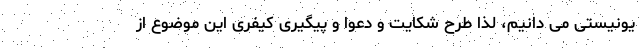
یونیستی می دانیم، لذا طرح شکایت و دعوا و پیگیری کیفری این موضوع از